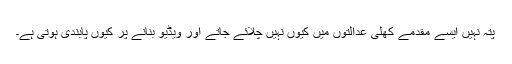
پتہ نہیں ایسے مقدمے کھلی عدالتوں میں کیوں نہیں چلائے جاتے اور ویڈیو بنانے پر کیوں پابندی ہوتی ہے۔